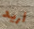
أريد